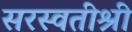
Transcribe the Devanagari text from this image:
सरस्वतीश्री